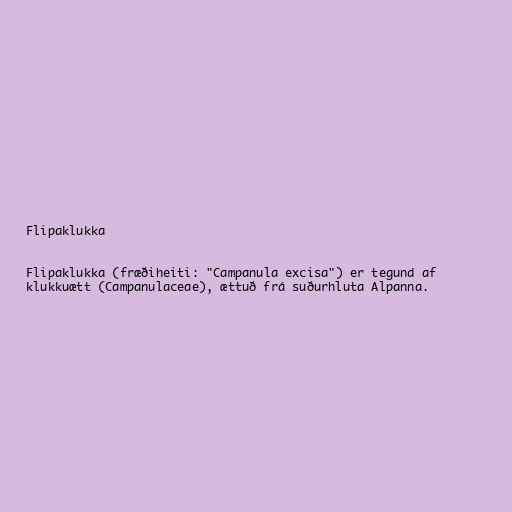
Flipaklukka

Flipaklukka (fræðiheiti: "Campanula excisa") er tegund af
klukkuætt (Campanulaceae), ættuð frá suðurhluta Alpanna.